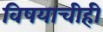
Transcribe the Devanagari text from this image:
विषयाचीही